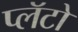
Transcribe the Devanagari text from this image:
प्लॅटो